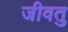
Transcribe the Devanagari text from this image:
जीवतु